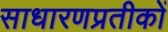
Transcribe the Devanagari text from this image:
साधारणप्रतीकों